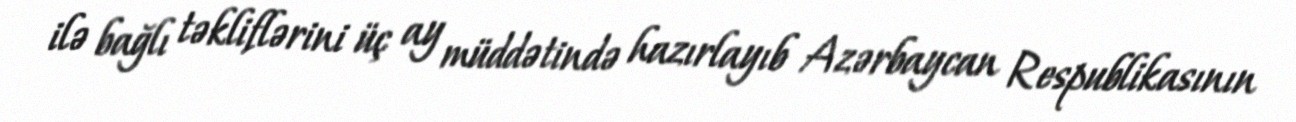
ilə bağlı təkliflərini üç ay müddətində hazırlayıb Azərbaycan Respublikasının